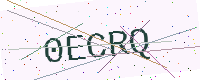
Text: 0ECRQ